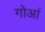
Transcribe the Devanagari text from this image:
गोआं